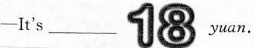
-It's ___ 18 yuan.